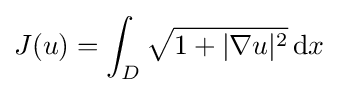
\displaystyle J(u)=\int _{D}{\sqrt {1+|\nabla u|^{2}}}\,\mathrm {d} x